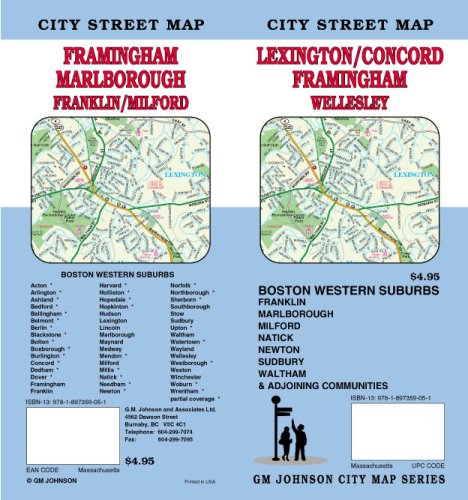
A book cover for Lexington MA / Concord / Framingham Street Map; GM Johnson & Associates Ltd.; Travel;